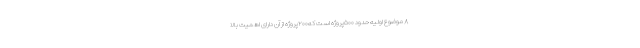
۸ موضوع اولیه حدود ۵۰۰پروژه است که۲۰۰پروژه از آن دارای اهمیت بالا